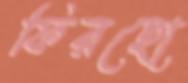
ফিরছো